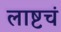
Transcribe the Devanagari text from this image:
लाष्टचं